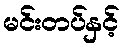
မင်းတပ်နှင့်